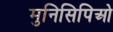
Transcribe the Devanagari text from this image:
मुनिसिपिओ